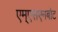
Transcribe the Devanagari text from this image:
एम्एसएनबोट